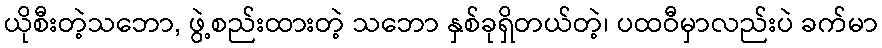
ယိုစီးတဲ့သဘော, ဖွဲ့စည်းထားတဲ့ သဘော နှစ်ခုရှိတယ်တဲ့၊ ပထဝီမှာလည်းပဲ ခက်မာ